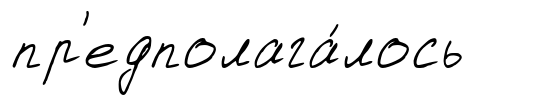
пр'едполага́лось